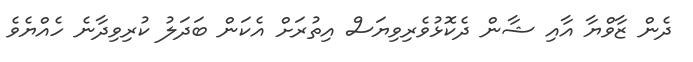
ދެން ޒާވްޔާ އާއި ޝާން ދެކޮޅުވެރިވިޔަސް އިތުރަށް އެކަން ބަދަލު ކުރިވިދާނެ ހެއްޔެވެ